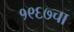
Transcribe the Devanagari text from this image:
१९६७चा